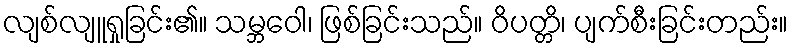
လျစ်လျူရှုခြင်း၏။ သမ္ဘဝေါ၊ ဖြစ်ခြင်းသည်။ ဝိပတ္တိ၊ ပျက်စီးခြင်းတည်း။